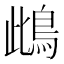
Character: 䳄